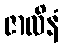
ဇာလိနံ